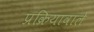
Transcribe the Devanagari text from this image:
प्रक्रियावाले